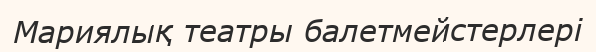
Мариялық театры балетмейстерлері